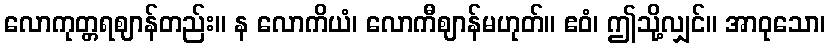
လောကုတ္တရဈာန်တည်း။ န လောကိယံ၊ လောကီဈာန်မဟုတ်။ ဧဝံ၊ ဤသို့လျှင်။ အာဝုသော၊